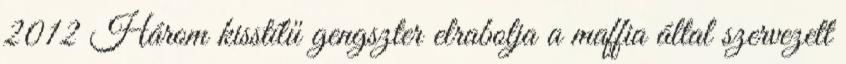
2012 Három kisstílű gengszter elrabolja a maffia által szervezett